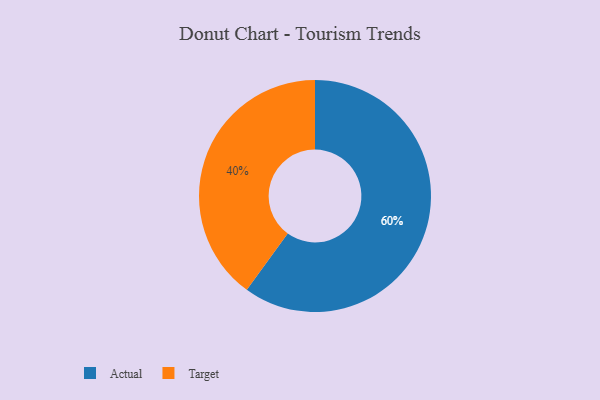
{"axis": {"x": "Category", "y": "Percentage"}, "legend": ["Actual", "Target"], "data": [{"x": "Target", "y": 40, "type": "Target"}, {"x": "Actual", "y": 60, "type": "Actual"}]}